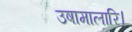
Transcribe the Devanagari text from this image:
उषामालारि।